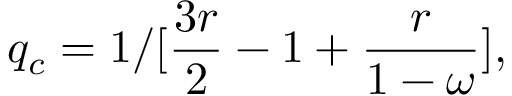
q _ { c } = 1 / [ \frac { 3 r } { 2 } - 1 + \frac { r } { 1 - \omega } ] ,